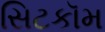
સિટકૉમ